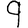
Digit: 9